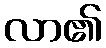
လာ၏